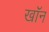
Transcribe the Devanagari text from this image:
खाॅन